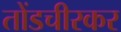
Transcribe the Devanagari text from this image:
तोंडचीरकर